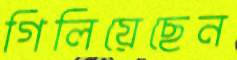
গিলিয়েছেন